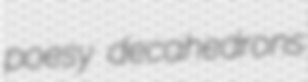
poesy decahedrons